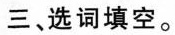
三、选词填空。